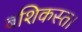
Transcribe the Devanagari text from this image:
बशिकस्त।